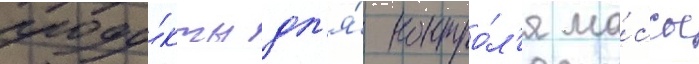
проду́кты дл'я́ контро́л'я ма́ссы